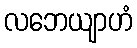
လဘေယျာဟံ